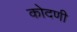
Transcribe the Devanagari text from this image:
कोदणी